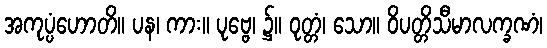
အကုပ္ပံဟောတိ။ ပန၊ ကား။ ပုဗ္ဗေ၊ ၌။ ဝုတ္တံ၊ သော။ ဝိပတ္တိသီမာလက္ခဏံ၊